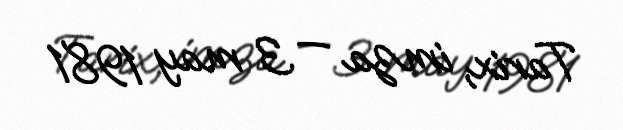
Tarix, imza — 3 may 1981